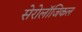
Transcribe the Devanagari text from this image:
सेरोलॉजिकल